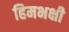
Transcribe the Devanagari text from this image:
हिमभक्षी